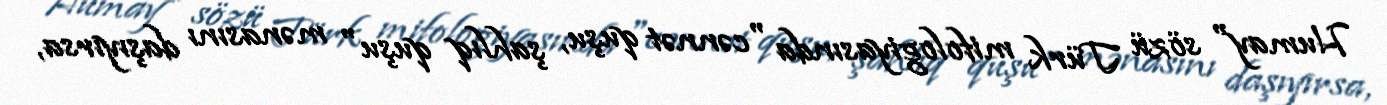
Humay" sözü Türk mifologiyasında "cənnət quşu, şahlıq quşu" mənasını daşıyırsa,